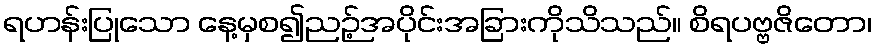
ရဟန်းပြုသော နေ့မှစ၍ညဉ့်အပိုင်းအခြားကိုသိသည်။ စိရပဗ္ဗဇိတော၊